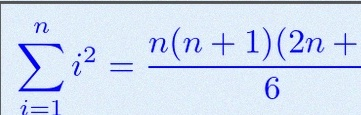
\sum_{i=1}^{n}i^2=\frac{n(n+1)(2n+1)}6